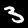
Digit: 3